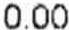
0.00